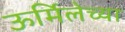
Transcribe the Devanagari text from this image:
ऊर्मिलेच्या